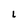
Character: L